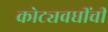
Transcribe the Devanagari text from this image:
कोट्यवधींची